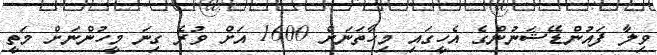
ވިލާ ފައުންޑޭޝަނުންގެ އެހީގައި މިހާތަނަށް 1600 އަށް ވުރެ ގިނަ މީހުންނަށް މަތީ